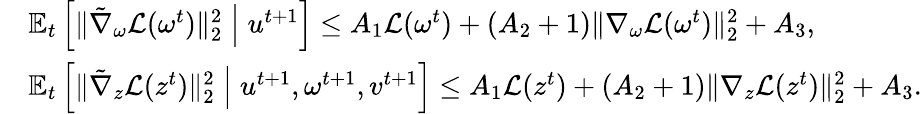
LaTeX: \begin{array}{rl}&{\mathbb{E}_{t}\left[\| \tilde{\nabla}_{\omega}\mathcal{L}(\omega^{t})\| _{2}^{2}\; \middle|\; u^{t+1}\right]\leq A_{1}\mathcal{L}(\omega^{t})+(A_{2}+1)\| \nabla_{\omega}\mathcal{L}(\omega^{t})\| _{2}^{2}+A_{3},}\\ &{\mathbb{E}_{t}\left[\| \tilde{\nabla}_{z}\mathcal{L}(z^{t})\| _{2}^{2}\; \middle|\; u^{t+1},\omega^{t+1},v^{t+1}\right]\leq A_{1}\mathcal{L}(z^{t})+(A_{2}+1)\| \nabla_{z}\mathcal{L}(z^{t})\| _{2}^{2}+A_{3}.}\end{array}